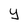
Character: y